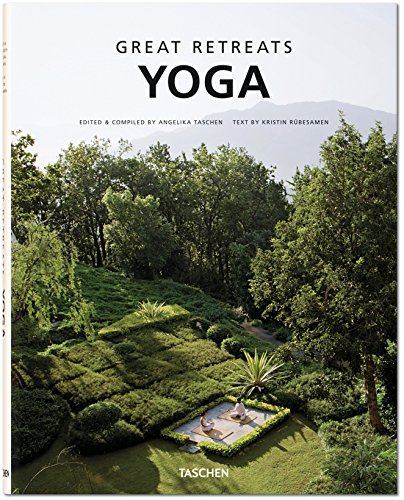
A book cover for Great Yoga Retreats; Kristin Rubesamen; Travel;